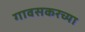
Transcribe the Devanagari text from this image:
गावसकरच्या